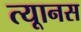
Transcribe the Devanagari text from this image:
त्यूानस